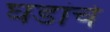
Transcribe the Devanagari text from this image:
घडांचे